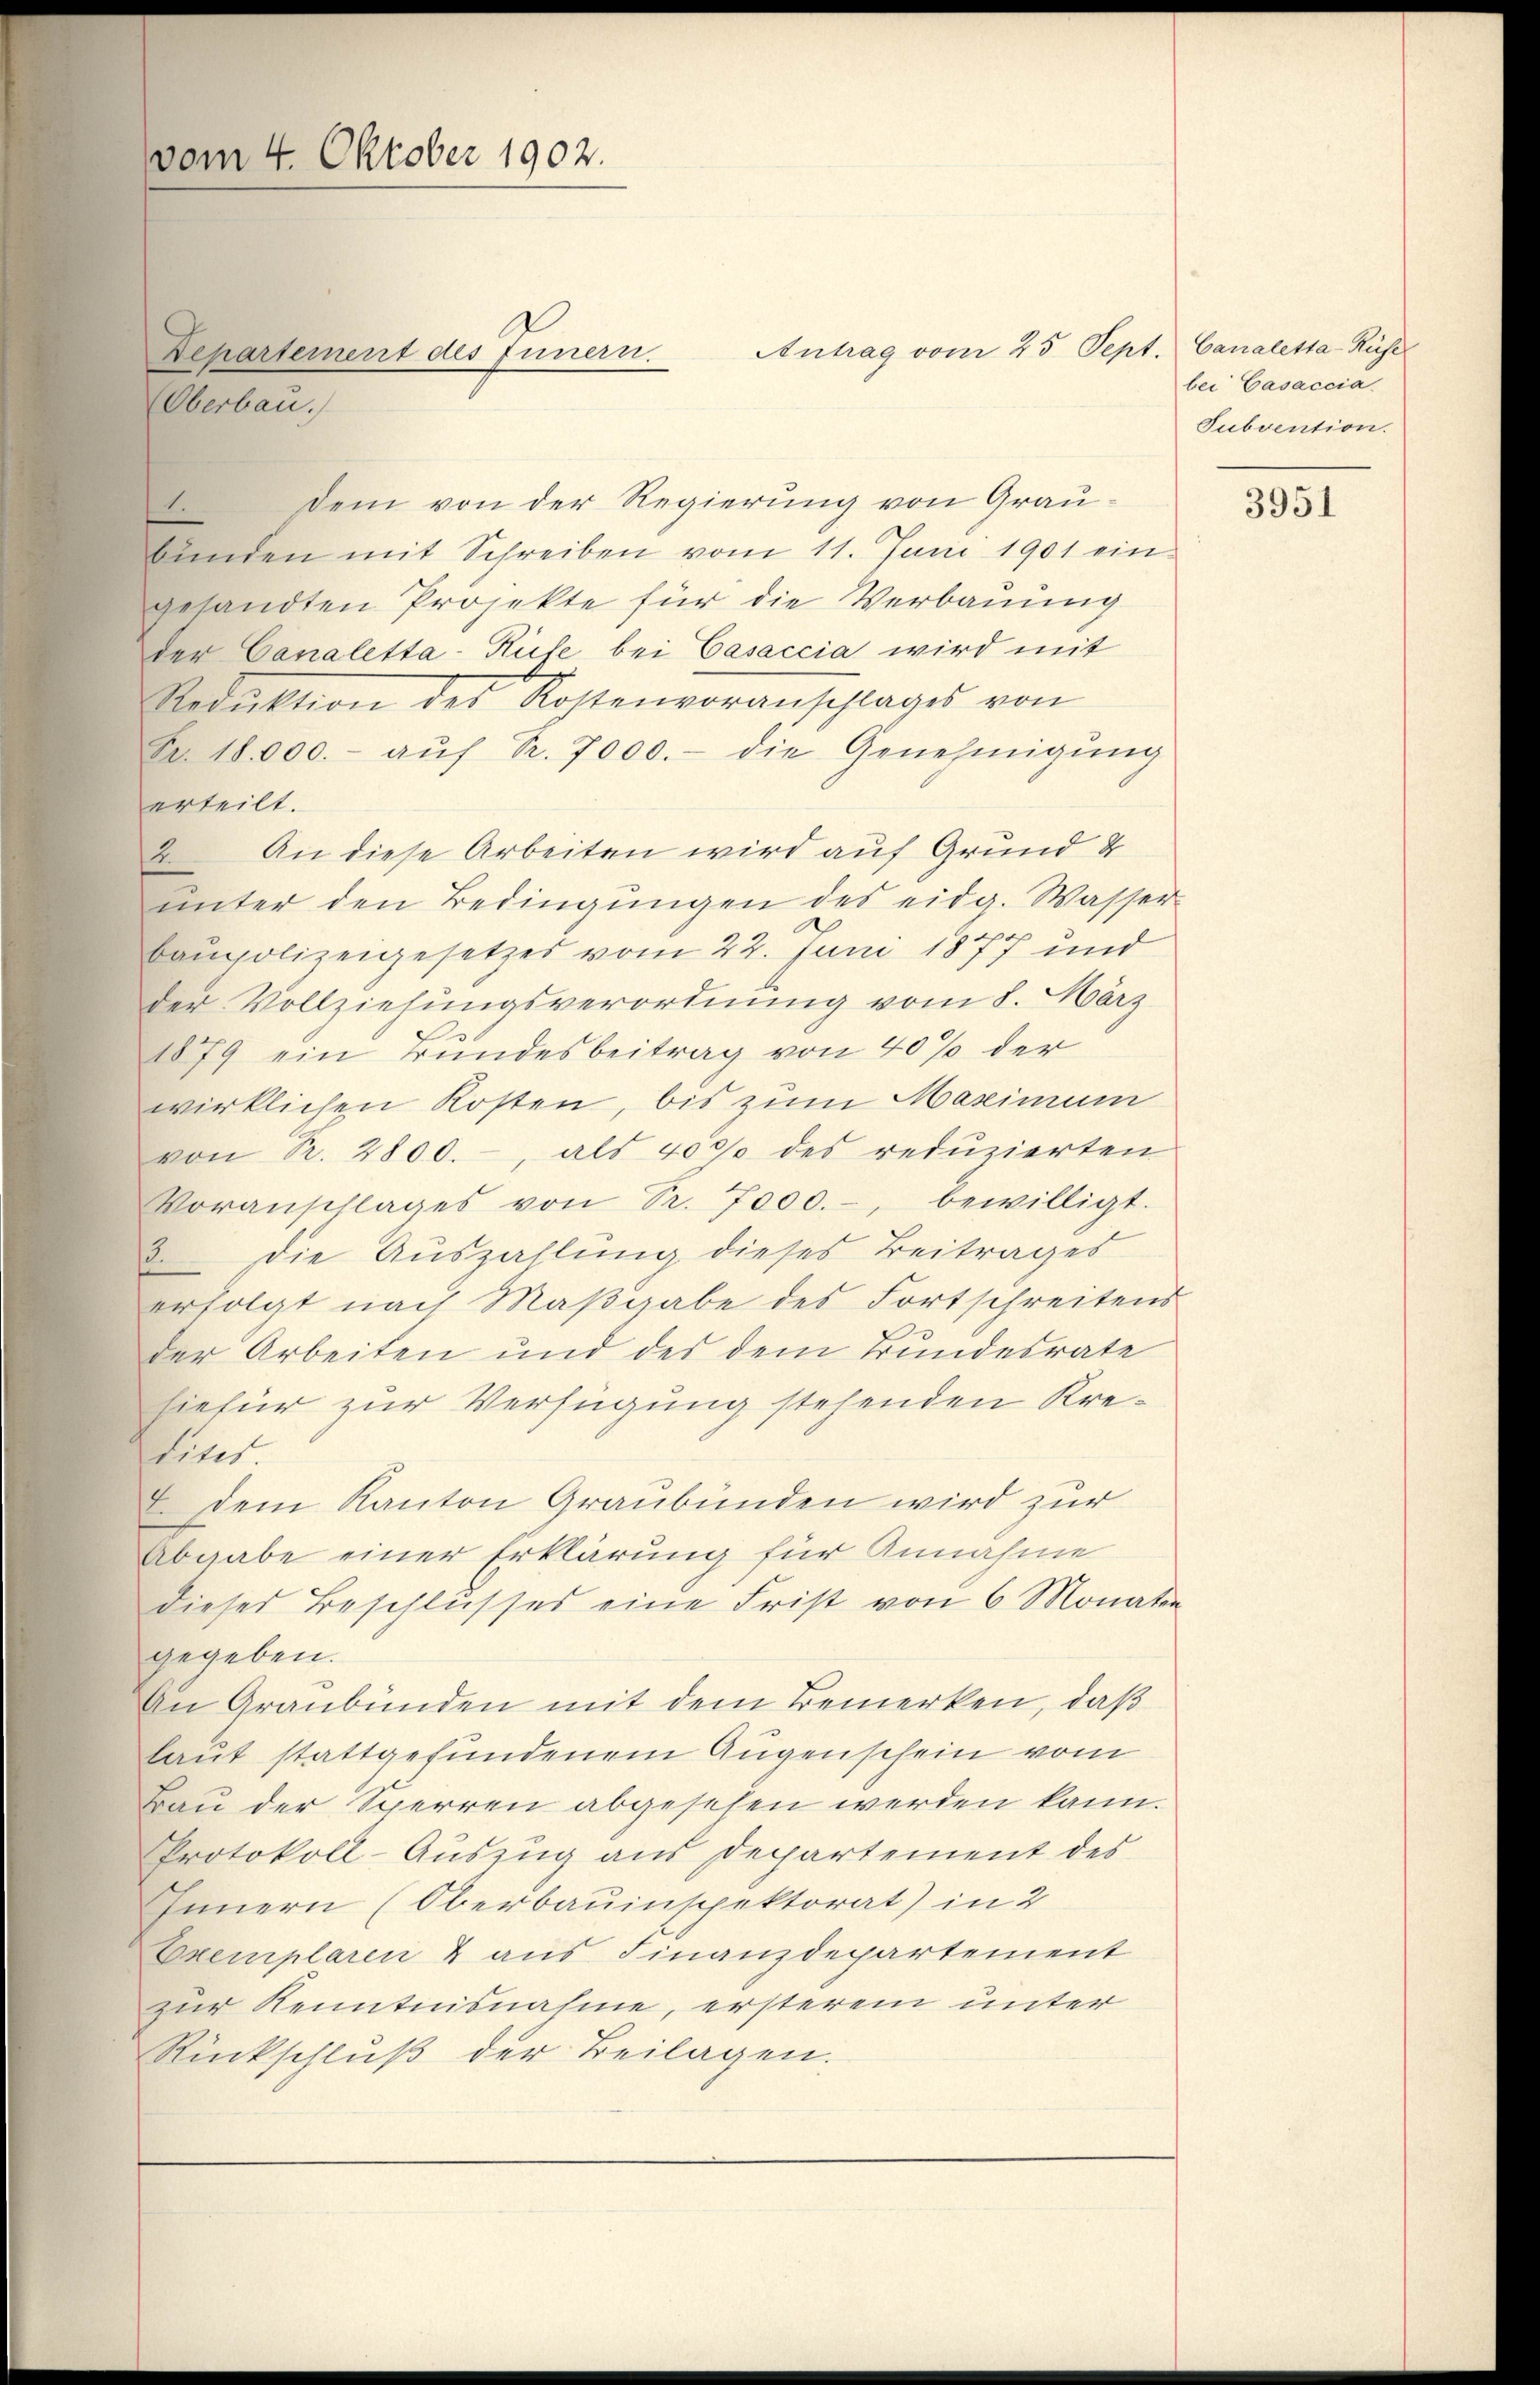
vom 4. Oktober 1902.

Oberbau.

Lehartement des Innern

Antrag vom 25. Sept. Canaletta-Rüsel

bei Casaccia
Subvention.

Dem von der Regierung von Grau¬
2
bŭnden mit Schreiben vom 11. Juni 1901 ein-
gesandten Projekte für die Verbauung
der Canaletta-Rufe bei Casaccia wird mit
Reduktion des Kostenvoranschlages von
B. 18.000.- aŭf Nr. 7000.- die Genehmigŭng
erteilt.
2. An diese Arbeiten wird auf Grund 4
ŭnter den Bedingŭngen des eidg. Wasser
Caupolizeigesetzes vom 22. Juni 1877 und
der Vollziehungsverordnung vom 8. März
1879 ein Grundesbeitrag von 40% der
wirklichen Kosten, bis zum Maximum
von Pr. 2800.-, als 40% des redŭzierten
Voranschlages von Sr. 7000.-, bewilligt.
Die Auszahlung dieses Beitrages
erfolgt nach Maßgabe des Fortschreitens
der Arbeiten und des dem Bundesrate
hiefür zur Verfügung stehenden Kredites.
dem Kanton Graubünden wird zur
Abgabe einer Erklärung für Annahme
dieses Beschlusses eine Frist von 6 Monaten
gegeben.
An Graubünden mit dem Bemerken, daß
laut stattgefundenem Augenschein vom
Bau der Sperren abgesehen werden kann.
Protokoll-Auszug aus Departement des
Innern (Oberbauinspektorat) in 2
Exemplaren & aus Finanzdepartement
zur Kenntnisnahme, ersterem unter
Rückschluß der Beilagen.

3951